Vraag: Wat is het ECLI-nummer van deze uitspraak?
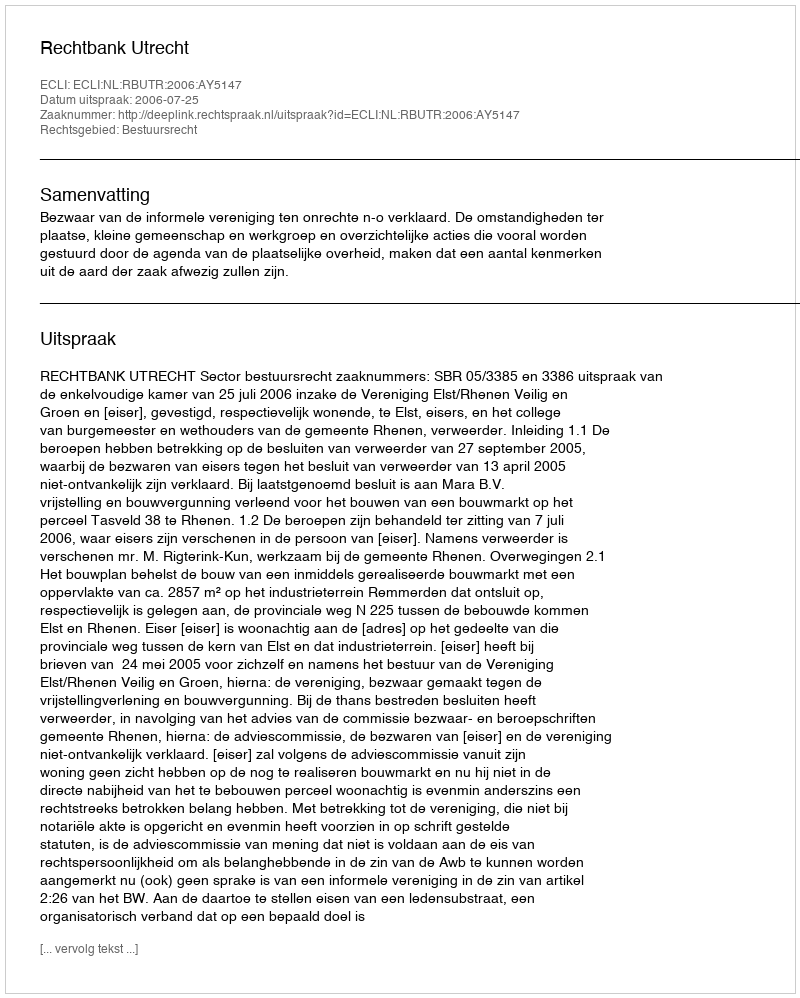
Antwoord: ECLI:NL:RBUTR:2006:AY5147